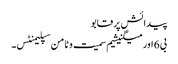
پیدائش پر قابو
بی 6 اور میگنیشیم سمیت وٹامن سپلیمنٹس۔